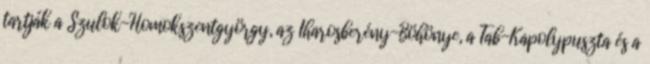
tartják a Szulok-Homokszentgyörgy, az Iharosberény-Böhönye, a Tab-Kapolypuszta és a